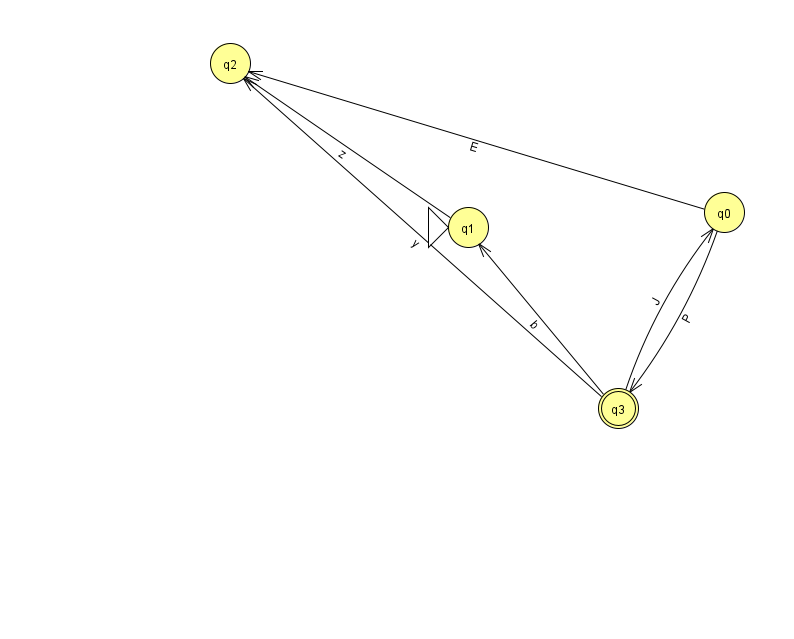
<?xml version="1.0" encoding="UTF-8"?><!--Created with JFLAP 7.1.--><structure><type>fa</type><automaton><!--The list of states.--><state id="0" name="q0"><x>724.0</x><y>199.0</y></state><state id="1" name="q1"><x>468.0</x><y>214.0</y><initial/></state><state id="2" name="q2"><x>230.0</x><y>50.0</y></state><state id="3" name="q3"><x>618.0</x><y>395.0</y><final/></state><!--The list of transitions.--><transition><from>3</from><to>1</to><read>b</read></transition><transition><from>3</from><to>0</to><read>J</read></transition><transition><from>1</from><to>2</to><read>z</read></transition><transition><from>0</from><to>3</to><read>P</read></transition><transition><from>0</from><to>2</to><read>E</read></transition><transition><from>3</from><to>2</to><read>y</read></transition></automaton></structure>